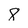
Character: 8